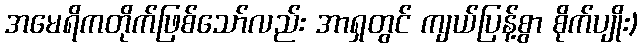
အမေရိကတိုက်ဖြစ်သော်လည်း အာရှတွင် ကျယ်ပြန့်စွာ စိုက်ပျိုး)